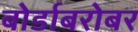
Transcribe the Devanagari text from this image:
बोर्डाबरोबर